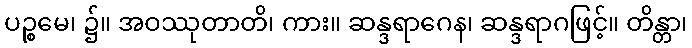
ပဉ္စမေ၊ ၌။ အဝဿုတာတိ၊ ကား။ ဆန္ဒရာဂေန၊ ဆန္ဒရာဂဖြင့်။ တိန္တာ၊